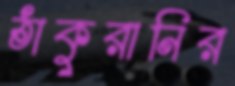
ঠাকুরানির